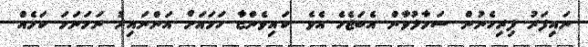
ނައިފަރު ފިރިހެނުން ސަމާލުވާން އެބަޖެހެ އެވެ. ކައިވެންޏާ ހަމައަށް އަންނައިރު ނަމަނަމަ ކަމެއް